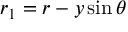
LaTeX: r _ { 1 } = r - y \sin \theta